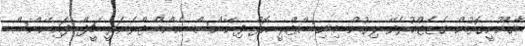
ޤާނޫނީގޮތުން ގެޒެޓްކުރެވޭ ލިޔުން މިނިސްޓްރީ އޮފް ފިނޭންސް އެންޑް ޓްރެޜަރީ ޗީފް ފައިނޭންސް